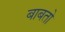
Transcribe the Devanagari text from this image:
बाबतो